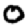
Digit: 0